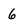
Character: 6